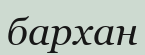
бархан